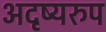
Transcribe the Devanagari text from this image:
अदृष्यरुप